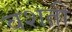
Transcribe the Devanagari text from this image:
वशती